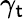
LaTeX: \gamma_{\mathsf{t}}